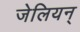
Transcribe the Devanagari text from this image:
जेलियन्